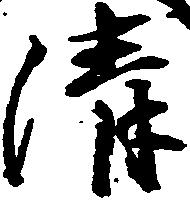
清